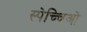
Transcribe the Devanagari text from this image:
स्पेच्चिओ